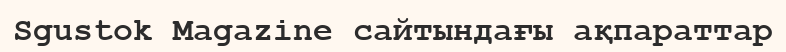
Sgustok Magazine сайтындағы ақпараттар